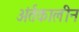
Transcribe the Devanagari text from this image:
अंर्तकालीन